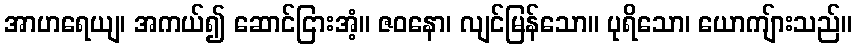
အာဟရေယျ၊ အကယ်၍ ဆောင်ငြားအံ့။ ဇဝနော၊ လျင်မြန်သော။ ပုရိသော၊ ယောကျ်ားသည်။